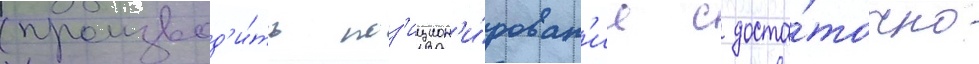
(производ'и́ть поз'ицион'и́рован'ие с доста́точно